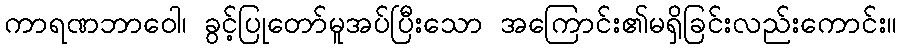
ကာရဏဘာဝေါ၊ ခွင့်ပြုတော်မူအပ်ပြီးသော အကြောင်း၏မရှိခြင်းလည်းကောင်း။